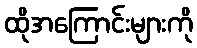
ထိုအကြောင်းများကို